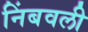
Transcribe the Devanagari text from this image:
निंबवली